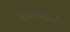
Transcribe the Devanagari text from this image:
फलमातः